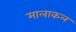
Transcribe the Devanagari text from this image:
मालाकल